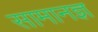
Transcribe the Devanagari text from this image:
सामानज्ञ